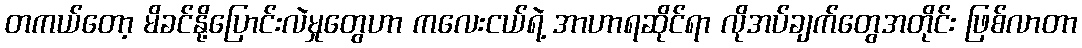
တကယ်တော့ မိခင်နို့ပြောင်းလဲမှုတွေဟာ ကလေးငယ်ရဲ့ အာဟာရဆိုင်ရာ လိုအပ်ချက်တွေအတိုင်း ဖြစ်လာတာ